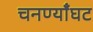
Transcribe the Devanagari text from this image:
चनण्याँघट